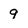
Character: 9